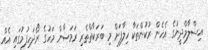
އިސްލާމްދީނުގެ އެހެން ރުކުންތަކާ ހިލާފަށް މި ބަރަކާތްތެރި ރަމަޟާން މަހުގެ ރޯދަހިފުމުގައި އެއް